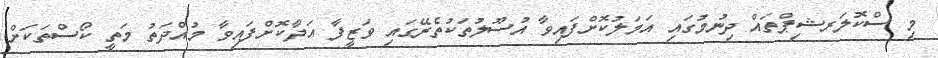
މި ސްކޮލަރޝިޕްތައް ދިނުމުގައި އަމަލުކޮށްފައިވާ އުސޫލުތަކުތެރޭގައި ވަޒީފާ އަދާކޮށްފައިވާ މުއްދަތު މަތީ ކޯސްތަކަށް